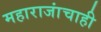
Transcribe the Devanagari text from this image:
महाराजांचाही